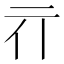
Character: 𰁖